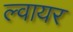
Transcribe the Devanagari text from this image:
ल्वायर